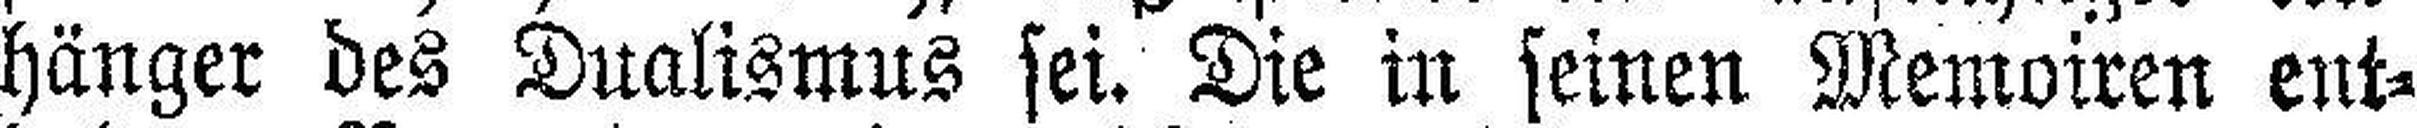
hänger des Dualismus sei. Die in seinen Memoiren ent¬